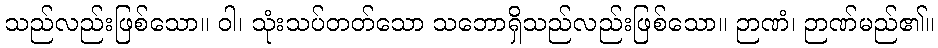
သည်လည်းဖြစ်သော။ ဝါ၊ သုံးသပ်တတ်သော သဘောရှိသည်လည်းဖြစ်သော။ ဉာဏံ၊ ဉာဏ်မည်၏။